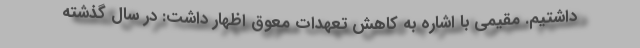
داشتیم. مقیمی با اشاره به کاهش تعهدات معوق اظهار داشت: در سال گذشته